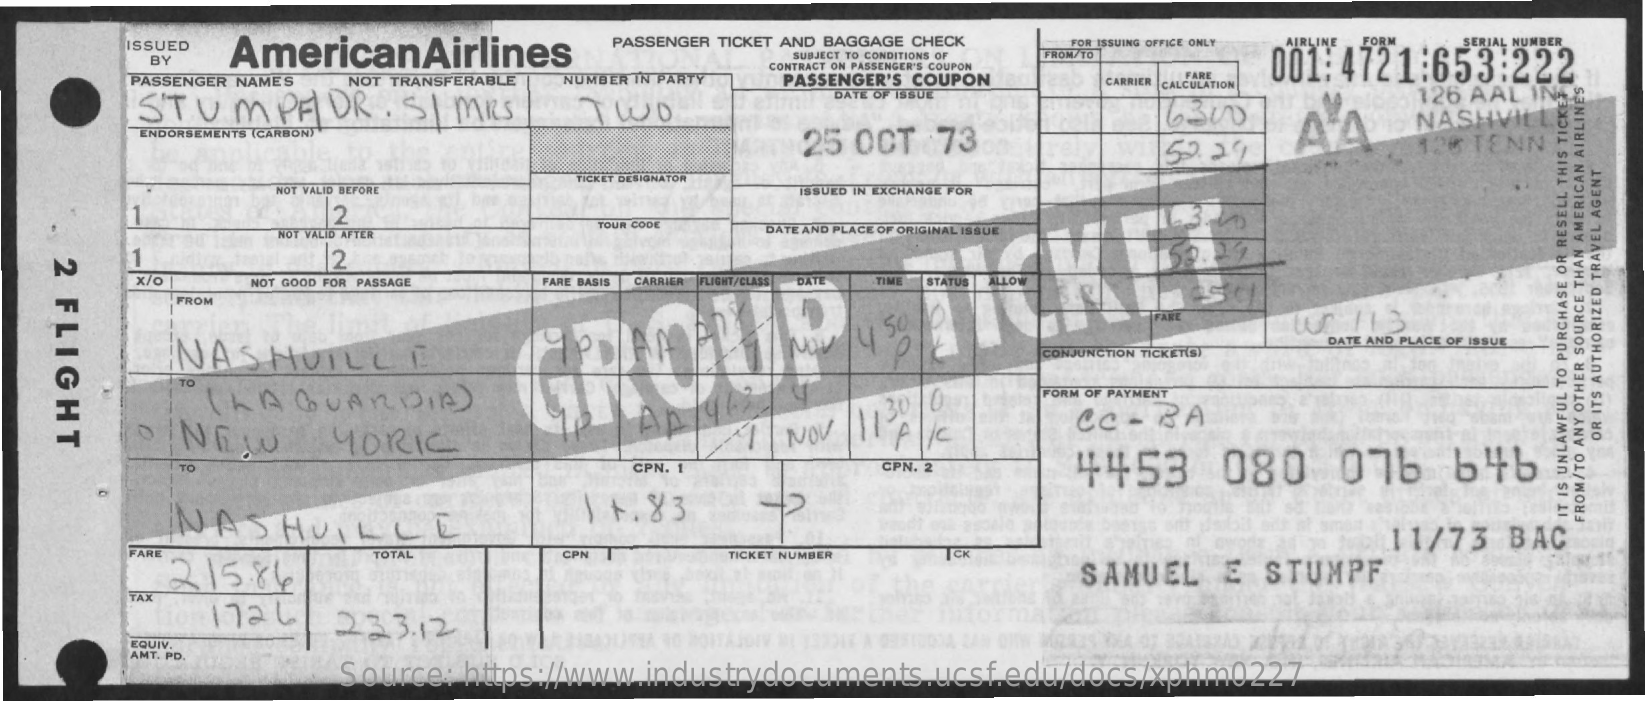
ISSUED  AmericanAirlines
     PASSENGER TICKET AND BAGGAGE CHECK FOR ISSUING OFFICE ONLY AIRLINE FORM SERIAL NUMBER
     BY    SUBJECT TO CONDITIONS OF FROM/TO
     001: 4721:653:222
     PASSENGER NAMES  NOT TRANSFERABLE NUMBER IN PARTY
     CONTRACT ON PASSENGER'S COUPON
     PASSENGER'S COUPON    CARRIER
     FARE
     STUMPF    DR   . SI MRS
     DATE OF ISSUE
     CALCULATION
     TWO    16300
     126 AAL IN
     ENDORSEMENTS (CARBON)
     25 OCT    73    AA    NASHVILL
     59.29    120 TENN
     TICKET DESIGNATOR
     NOT VALID BEFORE    ISSUED IN EXCHANGE FOR
     7    2
     NOT VALID AFTER
     TOUR CODE    DATE AND PLACE OF ORIGINAL ISSUE
     1    12 2
    FLIGHT
     x/O    NOT GOOD FOR PASSAGE  FARE BASIS CARRIER FLIGHT/CLASS DATE TIME STATUS ALLOW
     FROM
     NASHVILLE    9POLAR    FT
     FARE
     w    113
     O. NOW 4 50
     CONJUNCTION TICKET(S)
     DATE AND PLACE OF ISSUE
     TO
     ( LA  GUARDIA)    FORM OF PAYMENT
     NEW    YORK    NOV   1130 |0
     flic    CC-   RA
     OR
     ITS
     AUTHORIZED
     TRAVEL
     AGENT
     TO    CPN. 1    4453    080    076    646 CPN. 2
     NASHVILLE    11.  83    IT
     IS
     UNLAWFUL
     TO
     PURCHASE
     OR
     RESELL
     THIS
     TICKET
     11/73    BAC
     FROM/TO
     ANY
     OTHER
     SOURCE
     THAN
     AMERICAN
     AIRLINES
     FARE
     215.84
     TOTAL    CPN    TICKET NUMBER    CK
     SAMUEL    E  STUMPF
     TAX
     1720    233.12
     EQUIV.
     AMT. PD.
     Source:  https://www.industrydocuments.ucsf.edu/docs/xphm0227